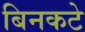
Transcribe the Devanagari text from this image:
बिनकटे